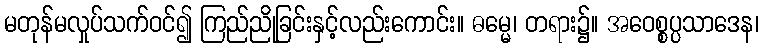
မတုန်မလှုပ်သက်ဝင်၍ ကြည်ညိုခြင်းနှင့်လည်းကောင်း။ ဓမ္မေ၊ တရား၌။ အဝေစ္စပ္ပသာဒေန၊